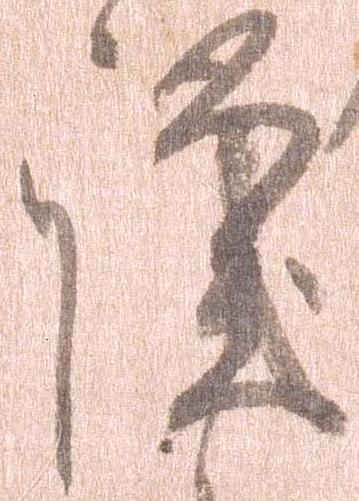
謹